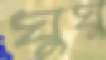
ঘুঘু